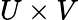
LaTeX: U\times V